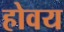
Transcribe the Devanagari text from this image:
होवय